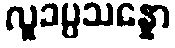
လူခပ္ပသန္နော